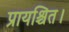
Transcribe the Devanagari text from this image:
प्रायश्चित।